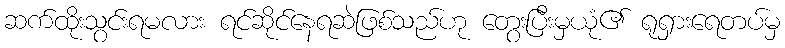
ဆက်ထိုးသွင်းရမလား ရင်ဆိုင်နေရဆဲဖြစ်သည်ဟု တွေးပြီးမှယုံ၏ ရုရှားရေတပ်မှ